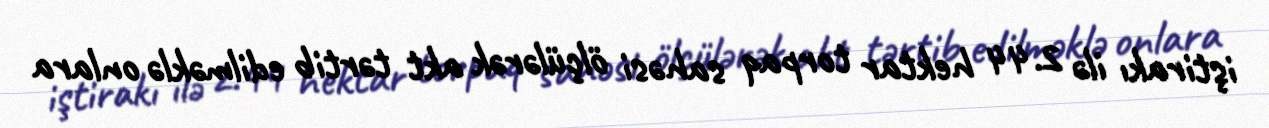
iştirakı ilə 2.44 hektar torpaq sahəsi ölçülərək akt tərtib edilməklə onlara